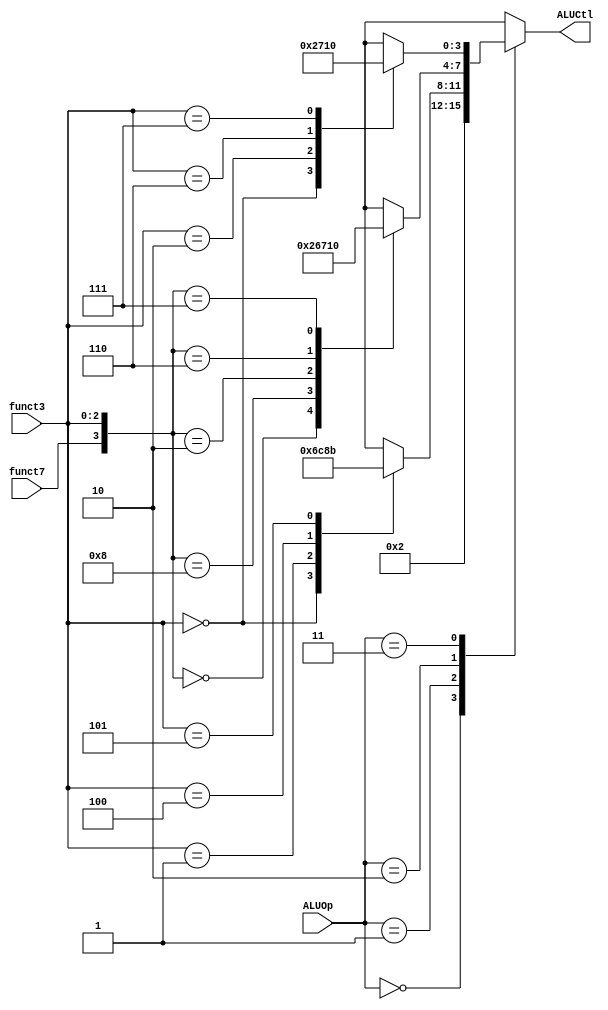
module ALUCtrl (
    input [1:0] ALUOp,
    input funct7,
    input [2:0] funct3,
    output reg [3:0] ALUCtl
);

    // TODO: implement your ALU control here
    // For testbench verifying, Do not modify input and output pin
    // Hint: using ALUOp, funct7, funct3 to select exact operation
    always @(*) begin
        case(ALUOp)
            // lw,sw
            2'b00: ALUCtl = 4'b0010;
            // B-type
            2'b01: begin
                case(funct3)
                    3'b000: ALUCtl = 4'b0110; // beq
                    3'b001: ALUCtl = 4'b1100; // bne
                    3'b100: ALUCtl = 4'b1000; // blt
                    3'b101: ALUCtl = 4'b1011; // bge
                    default: ALUCtl = 4'bxxxx;
                endcase
            end
            // R-type
            2'b10: begin
                case({funct7, funct3})
                    4'b0000: ALUCtl = 4'b0010; // add
                    4'b1000: ALUCtl = 4'b0110; // sub
                    4'b0010: ALUCtl = 4'b0111; // slt
                    4'b0110: ALUCtl = 4'b0001; // or
                    4'b0111: ALUCtl = 4'b0000; // and
                    default: ALUCtl = 4'bxxxx;
                endcase
            end
            // I-type
            2'b11: begin
                case(funct3)
                    3'b000: ALUCtl = 4'b0010; // addi
                    3'b010: ALUCtl = 4'b0111; // slti
                    3'b110: ALUCtl = 4'b0001; // ori
                    3'b111: ALUCtl = 4'b0000; // andi
                    default: ALUCtl = 4'bxxxx;
                endcase
            end
            default: ALUCtl = 4'bxxxx;
        endcase
    end

endmodule